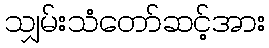
သျှမ်းသံတော်ဆင့်အား